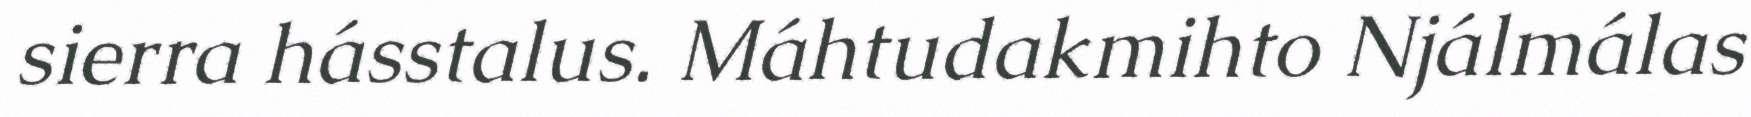
sierra hásstalus. Máhtudakmihto Njálmálas